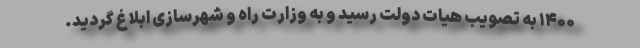
۱۴۰۰ به تصویب هیات دولت رسید و به وزارت راه و شهرسازی ابلاغ گردید.